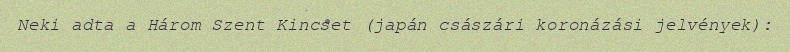
Neki adta a Három Szent Kincset (japán császári koronázási jelvények):